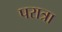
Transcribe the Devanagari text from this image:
परात्रा